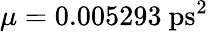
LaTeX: \mu=0.005293~\mathrm{ps}^{2}